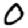
Digit: 0